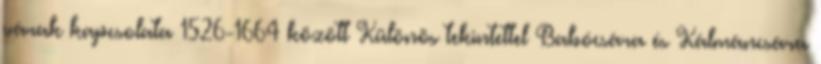
várak kapcsolata 1526-1664 között Különös tekintettel Babócsára és Kálmáncsára